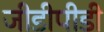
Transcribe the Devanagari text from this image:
जीडीपीडी